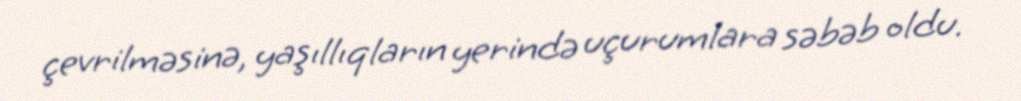
çevrilməsinə, yaşıllıqların yerində uçurumlara səbəb oldu.